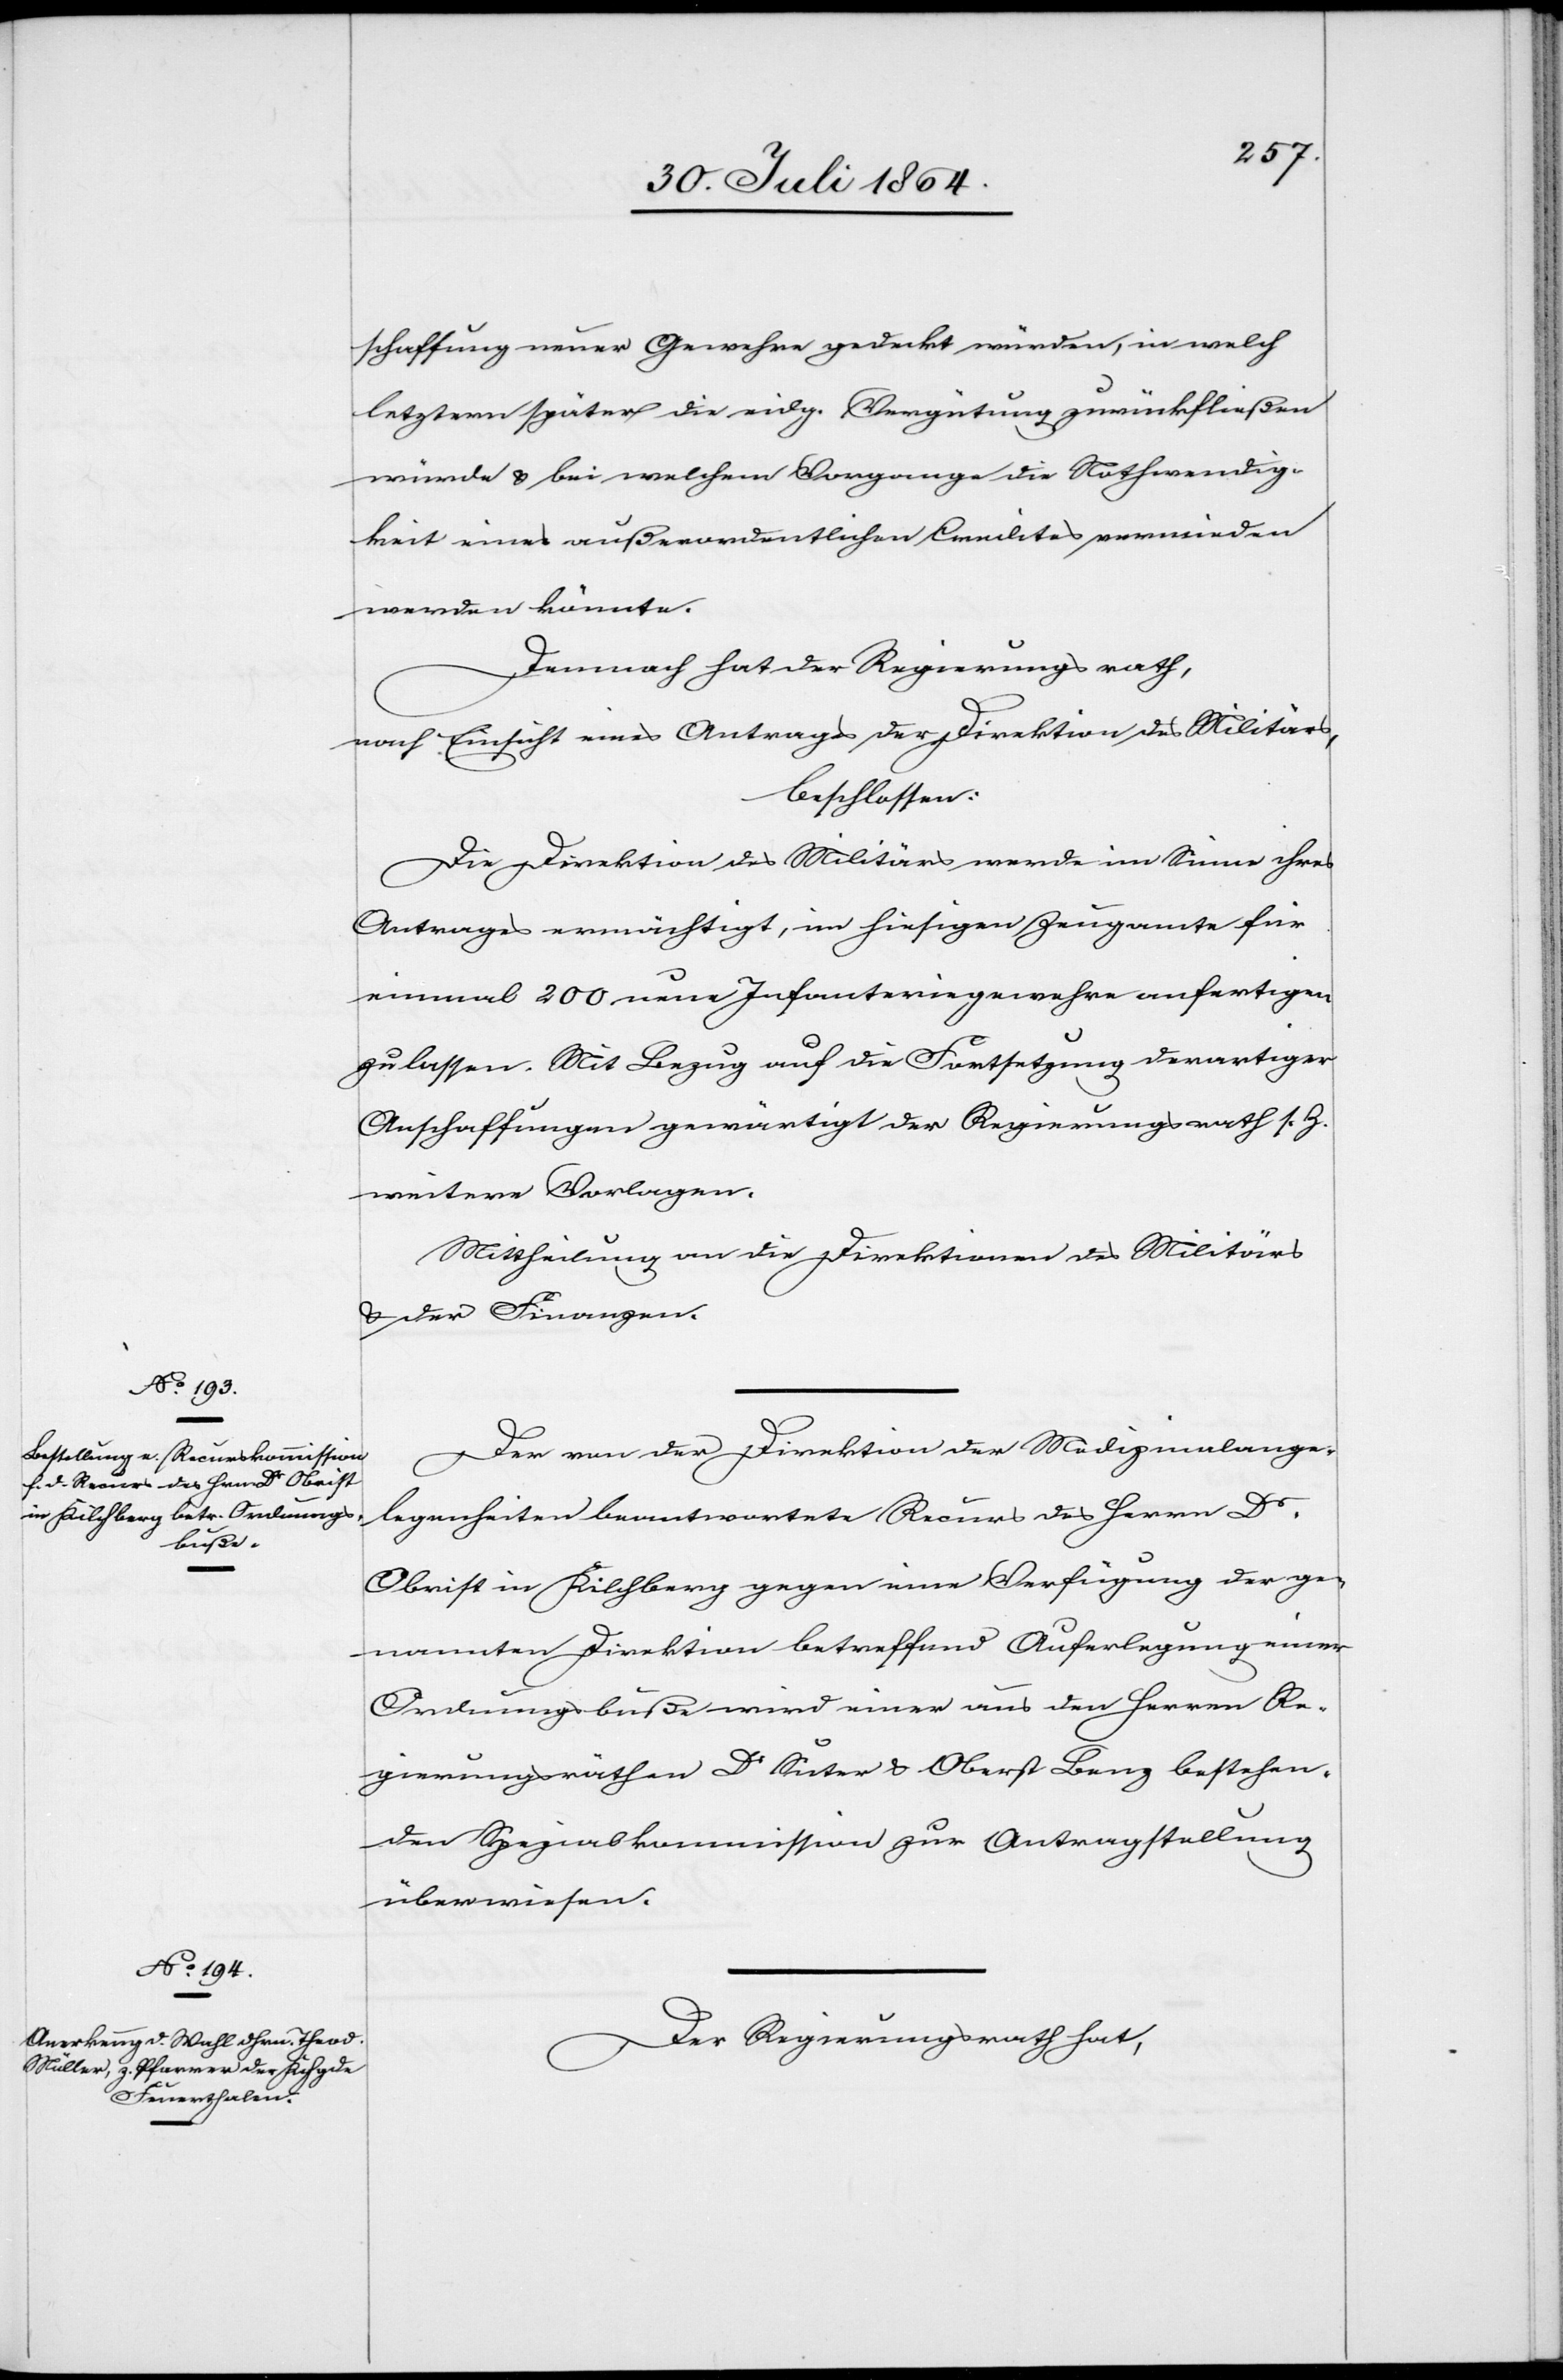
schaffung neuer Gewehre gedeckt würden, in welch
letztern später die eidg. Vergütung zurückfließen
würde & bei welchem Vorgange die Nothwendig¬
keit eines außerordentlichen Credites vermieden
werden könnte.
Demnach hat der Regierungsrath,
nach Einsicht eines Antrages der Direktion des Militärs,
beschlossen:
Die Direktion des Militärs werde im Sinne ihres
Antrages ermächtigt, im hiesigen Zeughause für
einmal 200 neue Infanteriegewehre anfertigen
zu lassen. Mit Bezug auf die Fortsetzung derartiger
Anschaffungen gewärtigt der Regierungsrath s. Z.
weitere Vorlagen.
Mittheilung an die Direktionen des Militärs
und der Finanzen.
Der von der Direktion der Medizinalange¬
legenheiten beantwortete Recurs des Herrn Dr.
Obrist In Kilchberg gegen eine Verfügung der ge¬
nannten Direktion betreffend Auferlegung einer
Ordnungsbuße wird einer aus den Herren Re¬
gierungsräthen Dr Suter & Oberst Benz bestehen¬
den Spezialkommission zur Antragstellung
überwiesen.
Der Regierungsrath hat,